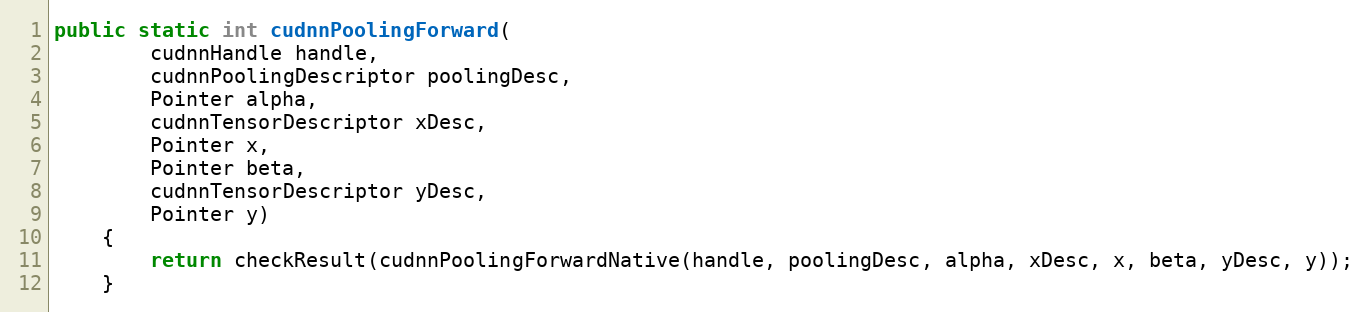
Language: Java
public static int cudnnPoolingForward(
        cudnnHandle handle,
        cudnnPoolingDescriptor poolingDesc,
        Pointer alpha,
        cudnnTensorDescriptor xDesc,
        Pointer x,
        Pointer beta,
        cudnnTensorDescriptor yDesc,
        Pointer y)
    {
        return checkResult(cudnnPoolingForwardNative(handle, poolingDesc, alpha, xDesc, x, beta, yDesc, y));
    }